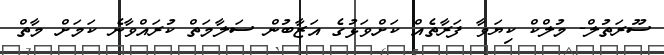
ސޫރަތުލް- މުލްކް ކިޔަވާ ފަރާތެއް ކަށްވަޅުގެ އަޒާބުން ސަލާމަތް ކުރައްވާނެ ކަމަށް މާތް